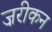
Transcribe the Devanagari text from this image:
ज़रीकन